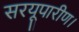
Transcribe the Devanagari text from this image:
सरयूपारीण।